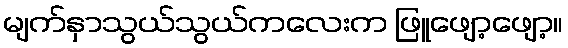
မျက်နှာသွယ်သွယ်ကလေးက ဖြူဖျော့ဖျော့။